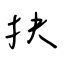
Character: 抉